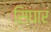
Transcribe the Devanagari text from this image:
सिंघार